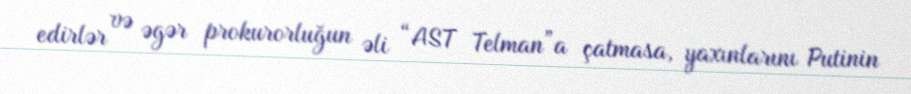
edirlər və əgər prokurorluğun əli “AST Telman”a çatmasa, yaxınlarını Putinin